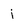
Character: j